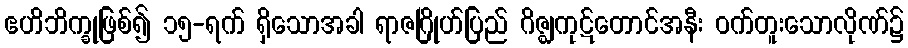
ဧဟိဘိက္ခုဖြစ်၍ ၁၅-ရက် ရှိသောအခါ ရာဇဂြိုဟ်ပြည် ဂိဇ္ဈကုဋ်တောင်အနီး ဝက်တူးသောလိုဏ်၌